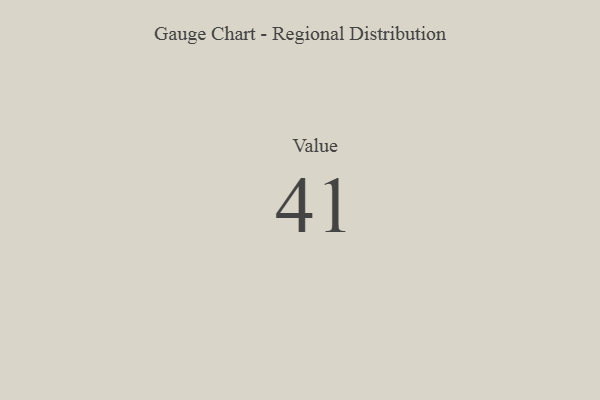
{"axis": {"x": "Metric", "y": "Value"}, "legend": [""], "data": [{"x": "Value", "y": 41, "type": ""}]}